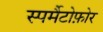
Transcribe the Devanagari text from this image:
स्पर्मैटोफ़ोर